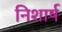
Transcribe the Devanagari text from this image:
निशार्ष